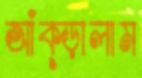
আঁক্‌ড়ালাম